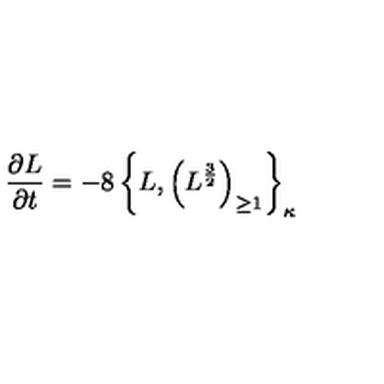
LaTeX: { \frac { \partial L } { \partial t } } = - 8 \left\{ L , \left( L ^ { \frac { 3 } { 2 } } \right) _ { \geq 1 } \right\} _ { \kappa }